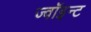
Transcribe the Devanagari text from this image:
ज्वॉइन्ट